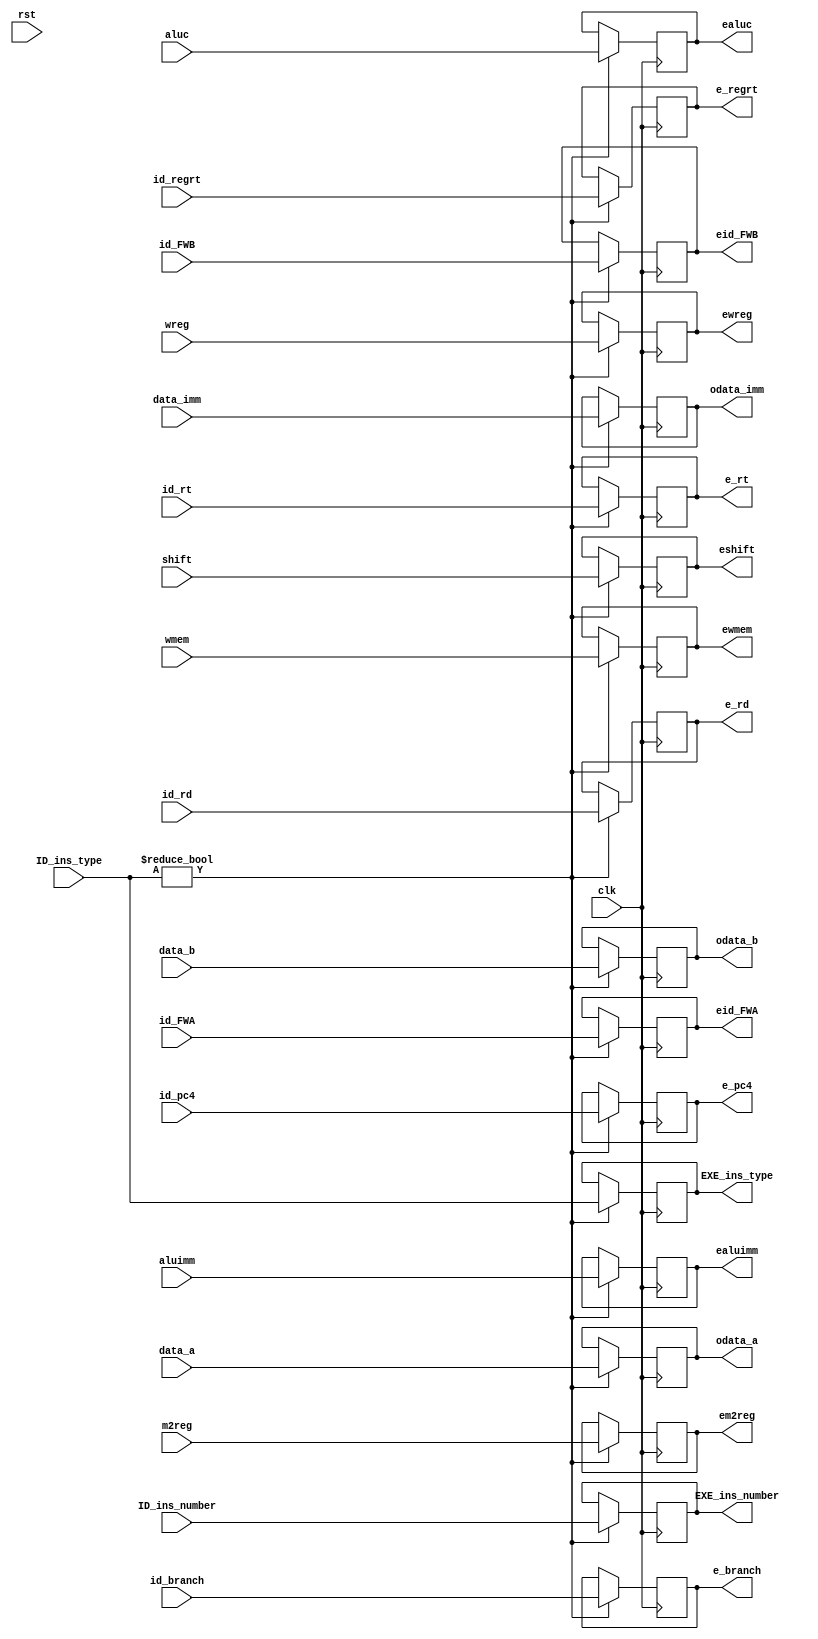
`timescale 1ns / 1ps
//////////////////////////////////////////////////////////////////////////////////
// Company: 
// Engineer: 
// 
// Design Name: 
// Module Name:    Reg_ID_EXE 
// Project Name: 
// Target Devices: 
// Tool versions: 
// Description: 
//
// Dependencies: 
//
// Revision: 
// Revision 0.01 - File Created
// Additional Comments: 
//
//////////////////////////////////////////////////////////////////////////////////
module Reg_ID_EXE(clk,rst,wreg,	m2reg, wmem, aluc, shift, aluimm,  data_a, data_b, data_imm, id_branch,id_pc4, id_regrt,id_rt,id_rd,//inputs
	ewreg,em2reg,	ewmem,ealuc, eshift, ealuimm, odata_a,odata_b, odata_imm, e_branch, e_pc4,e_regrt,e_rt,e_rd,
	ID_ins_type, ID_ins_number, EXE_ins_type, EXE_ins_number, id_FWA, id_FWB, eid_FWA, eid_FWB);	//outputs
//id_FWA, id_FWB: newly added in ports
//eid_fwa, eid_fwb: newly added out ports

	input		clk;
	input		rst;
	input 	wreg,	m2reg,	wmem,	shift,	aluimm;
	input [3:0] 	aluc;
	input [31:0] data_a,	data_b,	data_imm;
	input id_branch;
	input [31:0]id_pc4;
	input id_regrt;
	input [4:0]id_rt;
	input [4:0]id_rd;
	input[3:0] 	ID_ins_type;
	input[3:0] ID_ins_number;

	output 	ewreg,	em2reg,	ewmem,	eshift,	ealuimm;
	output [3:0] 	ealuc;
	output [31:0] odata_a,odata_b,odata_imm;
	output e_branch;
	output[31:0] e_pc4;
	output e_regrt;
	output [4:0] e_rt;
	output [4:0] e_rd;
	output[3:0] EXE_ins_type;
	output[3:0] EXE_ins_number;
	////////
	input [1:0] id_FWA;
	input [1:0] id_FWB;
	output reg [1:0] eid_FWA;
	output reg [1:0] eid_FWB;
	///////
	reg[3:0] EXE_ins_type;
	reg[3:0] EXE_ins_number;
	reg 	ewreg,	em2reg,	ewmem,	eshift,	ealuimm;
	reg [3:0] 	ealuc;
	reg [31:0] odata_a,odata_b,odata_imm;
	reg [31:0] 	e_pc4;
	reg e_branch;
	reg e_regrt;
	reg [4:0]e_rt;
	reg [4:0]e_rd;
	
	always@(posedge clk) begin
	if(ID_ins_type!=0)begin
		eid_FWA <= id_FWA;
		eid_FWB <= id_FWB;
		ewreg <= wreg;
		em2reg <= m2reg;
		ewmem <= wmem;
		eshift <= shift;
		ealuimm <= aluimm;
		ealuc <= aluc;
		odata_a <= data_a;
		odata_b <= data_b;
		odata_imm <= data_imm;
		EXE_ins_type <= ID_ins_type;
		EXE_ins_number <= ID_ins_number;
		e_branch <= id_branch;
		e_pc4 <= id_pc4;
		e_regrt <= id_regrt;
		e_rt <= id_rt;
		e_rd <= id_rd;
		end
	end
endmodule